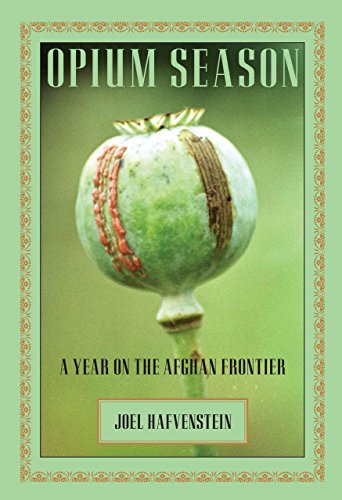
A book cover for Opium Season: A Year On The Afghan Frontier; Joel Hafvenstein; Travel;